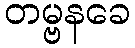
တမ္ဗနခေ